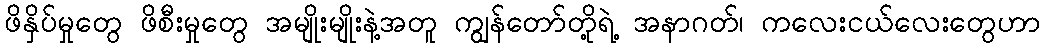
ဖိနှိပ်မှုတွေ ဖိစီးမှုတွေ အမျိုးမျိုးနဲ့အတူ ကျွန်တော်တို့ရဲ့ အနာဂတ်၊ ကလေးငယ်လေးတွေဟာ